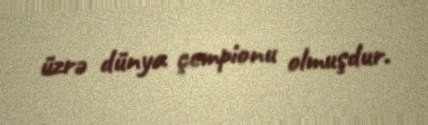
üzrə dünya çempionu olmuşdur.